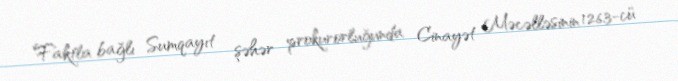
Faktla bağlı Sumqayıt şəhər prokurorluğunda Cinayət Məcəlləsinin 126.3-cü